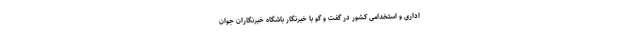
اداری و استخدامی کشور در گفت و گو با خبرنگار باشگاه خبرنگاران جوان